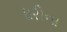
ધરીના